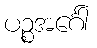
ပဉ္စအင်္ဂေါ